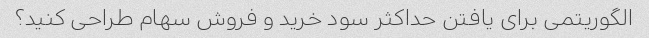
الگوریتمی برای یافتن حداکثر سود خرید و فروش سهام طراحی کنید؟